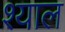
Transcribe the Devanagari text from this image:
श्याल